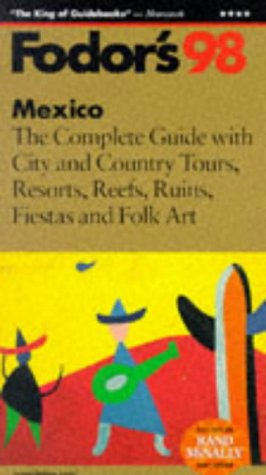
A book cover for Mexico '98: The Complete Guide with City and Country Tours, Resorts, Reefs, Ruins, Fiestas a nd Folk Art (Fodor's Gold Guides); Fodor's; Travel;